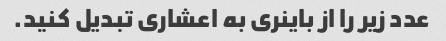
عدد زیر را از باینری به اعشاری تبدیل کنید.